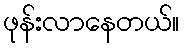
ဖုန်းလာနေတယ်။